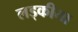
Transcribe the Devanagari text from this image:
लड्कीया